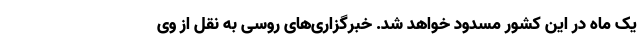
یک ماه در این کشور مسدود خواهد شد. خبرگزاری‌های روسی به نقل از وی